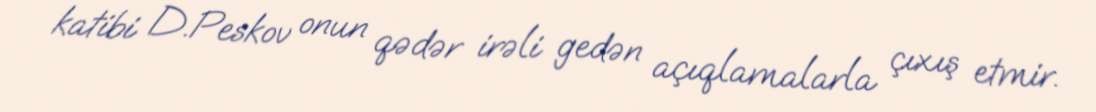
katibi D.Peskov onun qədər irəli gedən açıqlamalarla çıxış etmir.